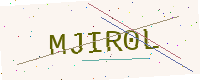
Text: MJIR0L